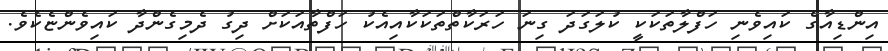
އިންޑިއާގެ ކައިވެނި ހަފްލާތަކަކީ ކުލަގަދަ ގިނަ ހަރަކާތްތަކަކާއިއެކު ހަފްތާއަކަށް ދިގު ދެމިގެންދާ ކައިވެންޏެކެވެ.